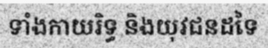
ទាំងកាយរិទ្ធ និងយុវជនដទៃ